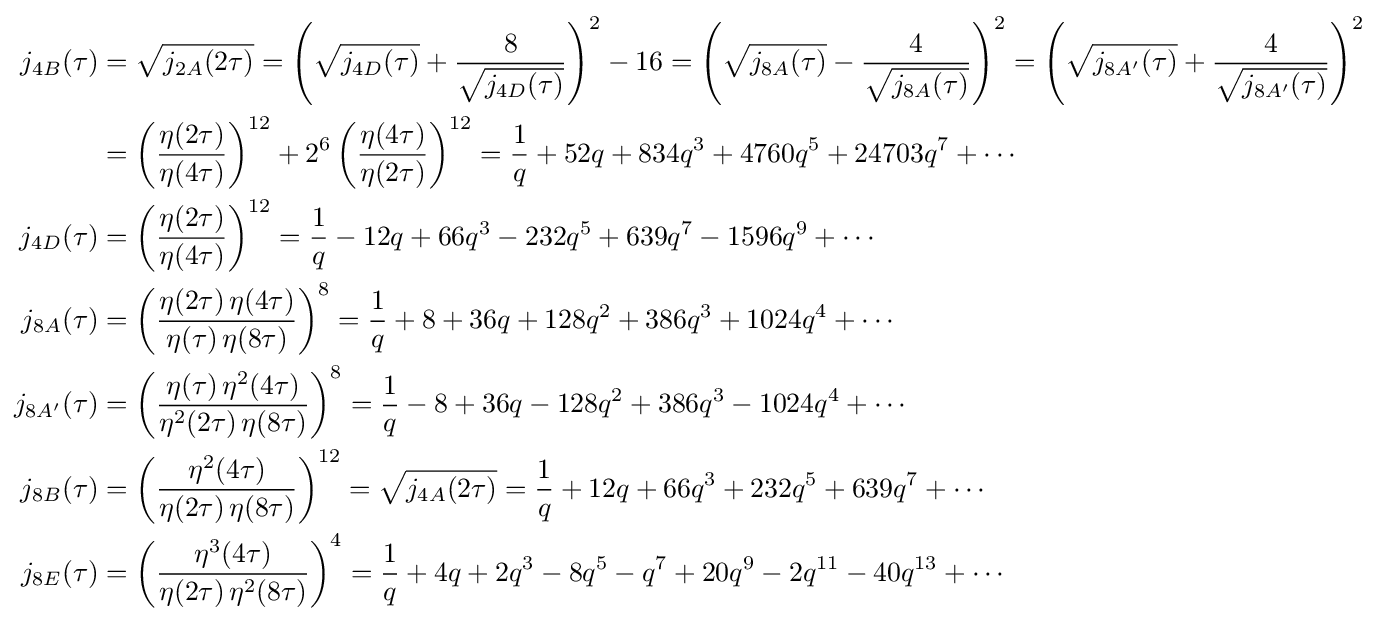
{\begin{aligned}j_{4B}(\tau )&={\sqrt {j_{2A}(2\tau )}}=\left({\sqrt {j_{4D}(\tau )}}+{\frac {8}{\sqrt {j_{4D}(\tau )}}}\right)^{2}-16=\left({\sqrt {j_{8A}(\tau )}}-{\frac {4}{\sqrt {j_{8A}(\tau )}}}\right)^{2}=\left({\sqrt {j_{8A'}(\tau )}}+{\frac {4}{\sqrt {j_{8A'}(\tau )}}}\right)^{2}\\&=\left({\frac {\eta (2\tau )}{\eta (4\tau )}}\right)^{12}+2^{6}\left({\frac {\eta (4\tau )}{\eta (2\tau )}}\right)^{12}={\frac {1}{q}}+52q+834q^{3}+4760q^{5}+24703q^{7}+\cdots \\j_{4D}(\tau )&=\left({\frac {\eta (2\tau )}{\eta (4\tau )}}\right)^{12}={\frac {1}{q}}-12q+66q^{3}-232q^{5}+639q^{7}-1596q^{9}+\cdots \\j_{8A}(\tau )&=\left({\frac {\eta (2\tau )\,\eta (4\tau )}{\eta (\tau )\,\eta (8\tau )}}\right)^{8}={\frac {1}{q}}+8+36q+128q^{2}+386q^{3}+1024q^{4}+\cdots \\j_{8A'}(\tau )&=\left({\frac {\eta (\tau )\,\eta ^{2}(4\tau )}{\eta ^{2}(2\tau )\,\eta (8\tau )}}\right)^{8}={\frac {1}{q}}-8+36q-128q^{2}+386q^{3}-1024q^{4}+\cdots \\j_{8B}(\tau )&=\left({\frac {\eta ^{2}(4\tau )}{\eta (2\tau )\,\eta (8\tau )}}\right)^{12}={\sqrt {j_{4A}(2\tau )}}={\frac {1}{q}}+12q+66q^{3}+232q^{5}+639q^{7}+\cdots \\j_{8E}(\tau )&=\left({\frac {\eta ^{3}(4\tau )}{\eta (2\tau )\,\eta ^{2}(8\tau )}}\right)^{4}={\frac {1}{q}}+4q+2q^{3}-8q^{5}-q^{7}+20q^{9}-2q^{11}-40q^{13}+\cdots \end{aligned}}